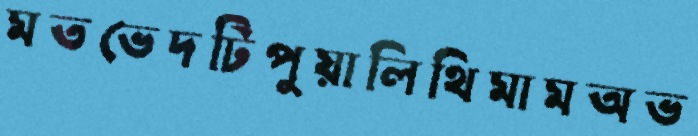
মতভেদটিপুয়ালিথিমামঅভ